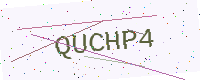
Text: QUCHP4